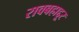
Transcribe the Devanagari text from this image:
रावबहाद्दूर